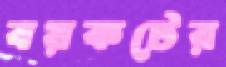
বয়কটের